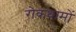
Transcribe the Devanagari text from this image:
रोकथामों